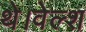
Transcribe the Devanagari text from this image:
थे।वेल्श